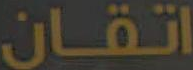
اتقان